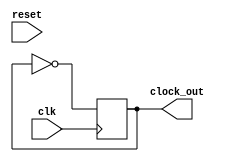
module clock_and_mem_clock(reset, clk, clock_out);
	input reset, clk;
	output clock_out;
	reg clock_out;
	
	initial
	begin
		clock_out = 0; //
	end
	
	always@(posedge clk)
	begin
		if(~reset)
			clock_out <= 0;  // resetclock_out0
			clock_out <= ~clock_out; // clock_out  clk
	end
endmodule